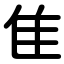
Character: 隹